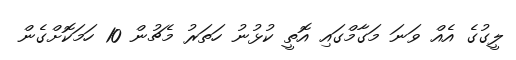
ލީގުގެ އެއް ވަނަ މަގާމްގައި އޮތީ ކުޅުނު ހަތަރު މެޗުން 10 ހަމަކޮށްގެން